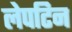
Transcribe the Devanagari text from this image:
लेपटिन